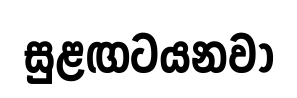
සුළඟටයනවා